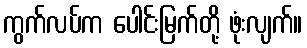
ကွက်လပ်က ပေါင်းမြက်တို့ ဖုံးလျက်။